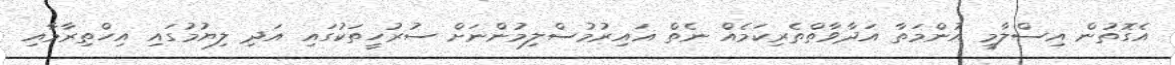
އެގޮތުން އިސްލާމީ އުންމަތާ އަދާވާތްތެރިކަމެއް ނެތް ޣައިރުމުސްލިމުންނަށް ސުރުހީތަކުގައި އަދި ލިޔުމުގައި އިހްތިރާމާއި